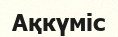
Ақкүміс